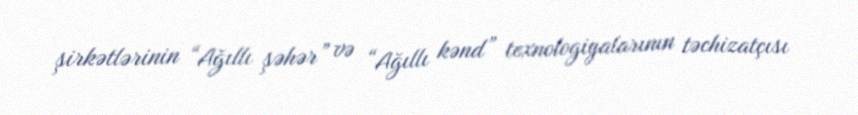
şirkətlərinin “Ağıllı şəhər” və “Ağıllı kənd” texnologiyalarının təchizatçısı